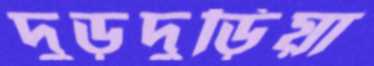
দুড়দুড়িয়া